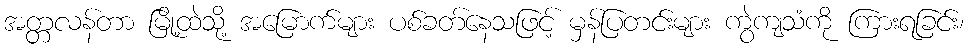
အတ္တလန်တာ မြို့ထဲသို့ အမြောက်များ ပစ်ခတ်နေသဖြင့် မှန်ပြတင်းများ ကွဲကျသံကို ကြားရခြင်း၊